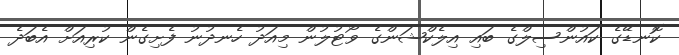
ކޮނޑޭގެ ކައުންސިލްގެ ބައި އިލެކްޝަންގެ ވޯޓުލުން މިއަދު ހެނދުނު ފެށިގެން ކުރިއަށް އެބަދެ